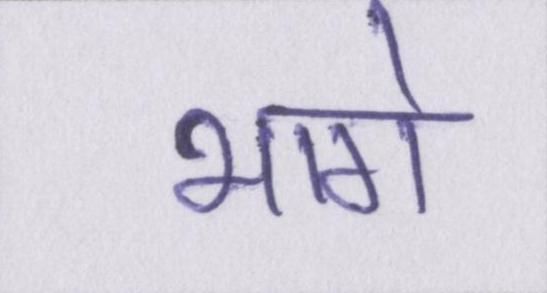
भागे